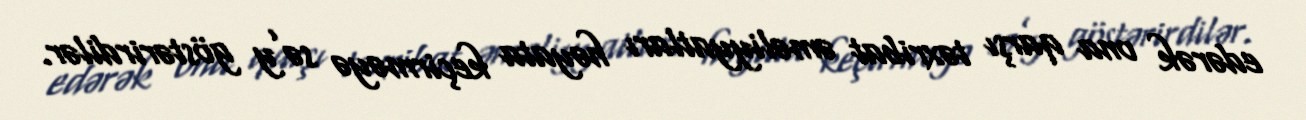
edərək ona qarşı təxribat əməliyyatları həyata keçirməyə sə’y göstərirdilər.